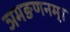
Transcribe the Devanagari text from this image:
ञमङणनम्।